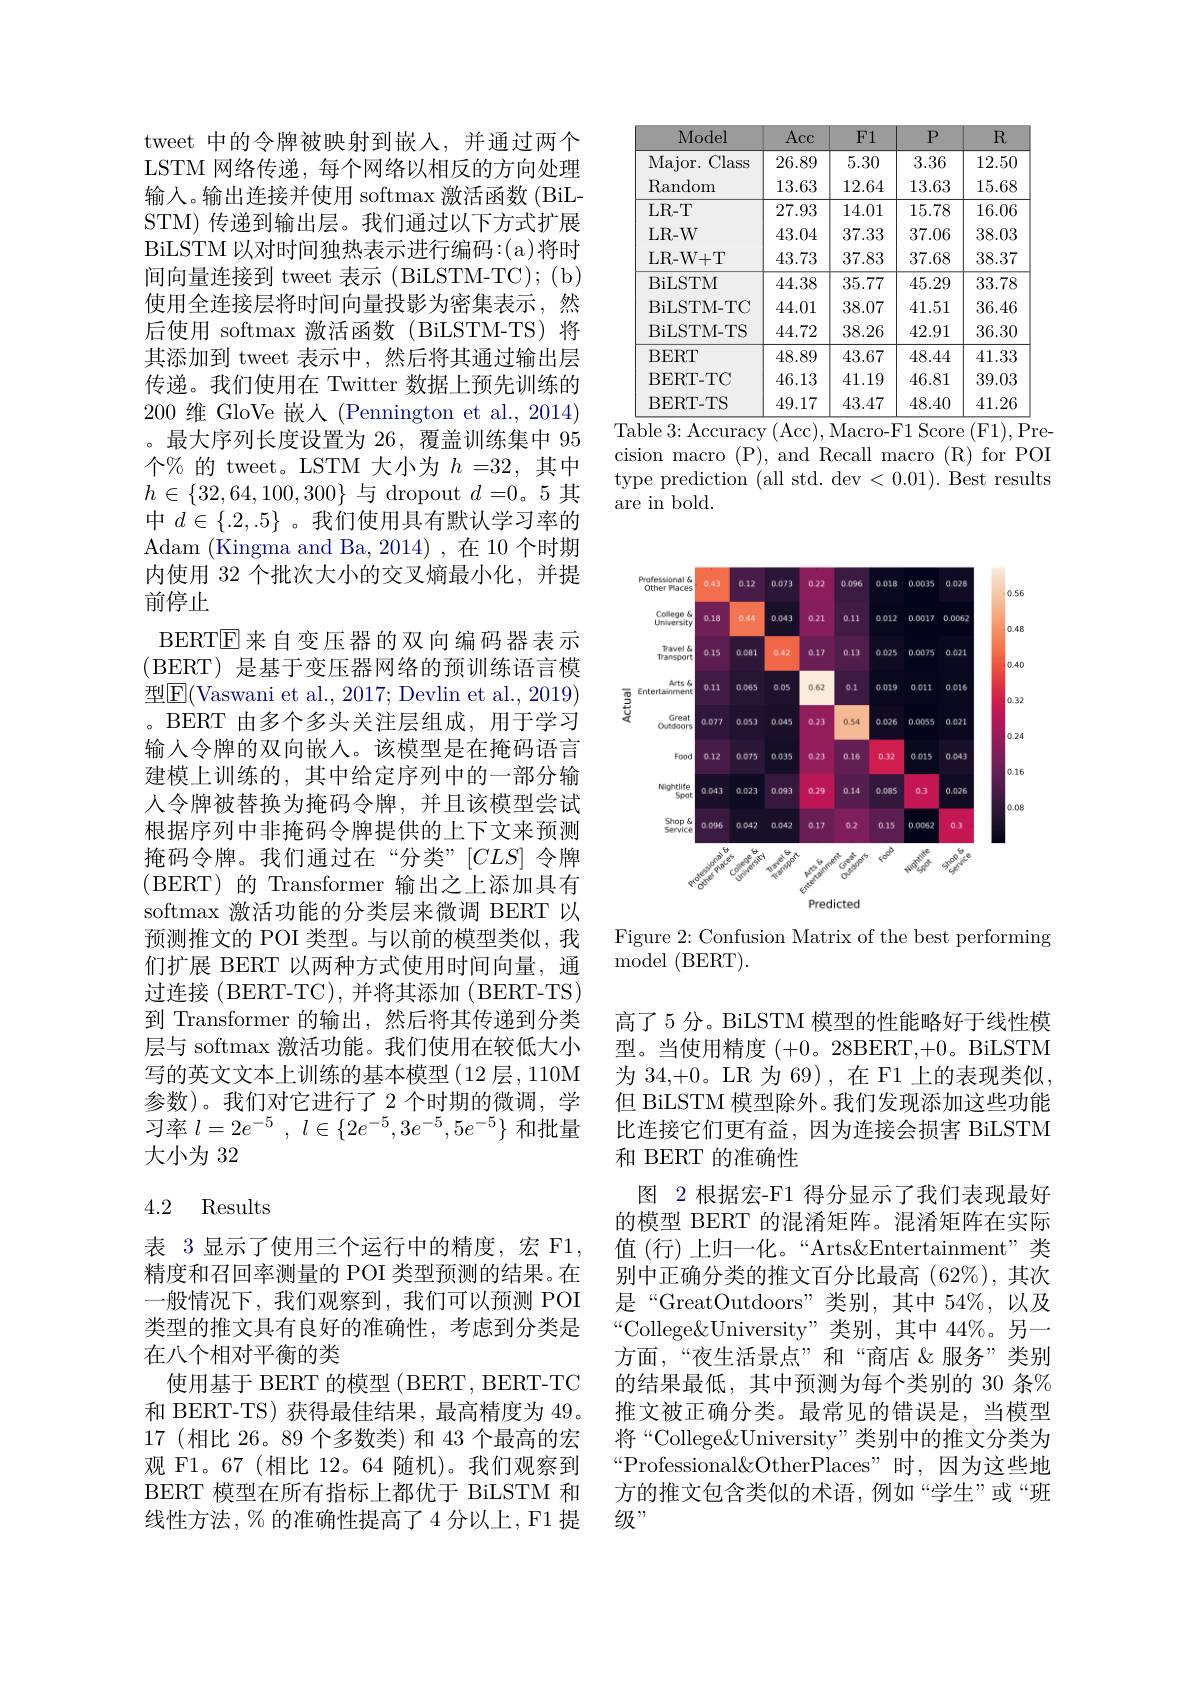
tweet 中的令牌被映射到嵌入，并通过两个LSTM 网络传递，每个网络以相反的方向处理输人。输出连接并使用 softmax 激活函数 (BiLSTM) 传递到输出层。我们通过以下方式扩展BiLSTM 以对时间独热表示进行编码：(a)将时间向量连接到 tweet 表示 (BiLSTM-TC); (b) 使用全连接层将时间向量投影为密集表示，然后使用 softmax 激活函数(BiLSTM-TS)将其添加到 tweet 表示中，然后将其通过输出层传递。我们使用在 Twitter 数据上预先训练的200 维 GloVe 嵌人 (Pennington et al., 2014) 。最大序列长度设置为 26, 覆盖训练集中 95个% 的 tweet。LSTM 大小为$h=32$,其中$h\in\{32,64,100,300\}$与 dropout $d=0$。5 其中$d\in\{.2,.5\}$ 。我们使用具有默认学习率的Adam (Kingma and Ba,2014),在10个时期内使用 32 个批次大小的交叉熵最小化，并提前停止
BERT$\overline{\mathrm{E}}$来自变压器的双向编码器表示(BERT) 是基于变压器网络的预训练语言模型$\underline{\mathrm{E}}($Vaswani et al., 2017; Devlin et al., 2019) 。BERT 由多个多头关注层组成，用于学习输入令牌的双向嵌人。该模型是在掩码语言建模上训练的，其中给定序列中的一部分输人令牌被替换为掩码令牌，并且该模型尝试根据序列中非掩码令牌提供的上下文来预测掩码令牌。我们通过在“分类”[CLS]令牌(BERT)的 Transformer 输出之上添加具有softmax 激活功能的分类层来微调 BERT 以预测推文的 POI 类型。与以前的模型类似，我们扩展 BERT 以两种方式使用时间向量，通过连接(BERT-TC),并将其添加(BERT-TS) 到 Transformer 的输出，然后将其传递到分类层与 softmax 激活功能。我们使用在较低大小写的英文文本上训练的基本模型(12 层，110M 参数)。我们对它进行了 2 个时期的微调，学习率$l= 2e^{- 5}$ , $l\in \{ 2e^{- 5}, 3e^{- 5}, 5e^{- 5}\}$和批量大小为 32

## 4.2 Results

表 3显示了使用三个运行中的精度，宏 F1, 精度和召回率测量的 POI 类型预测的结果。在一般情况下，我们观察到，我们可以预测 POI 类型的推文具有良好的准确性，考虑到分类是在八个相对平衡的类
使用基于 BERT 的模型 ( BERT, BERT-TC 和 BERT-TS) 获得最佳结果，最高精度为 49。17(相比 26。89个多数类)和 43 个最高的宏观 F1。67 (相比 12。64 随机)。我们观察到BERT 模型在所有指标上都优于 BiLSTM 和线性方法，%的准确性提高了4 分以上，F1 提

<table>
	<tbody>
		<tr>
			<th>Model</th>
			<th>Acc</th>
			<th>$F1$</th>
			<th>$P$</th>
			<th>$R$</th>
		</tr>
		<tr>
			<td>Major. ( Class</td>
			<td>26.89</td>
			<td>5.30</td>
			<td>3.36</td>
			<td>12.50</td>
		</tr>
		<tr>
			<td>$\operatorname{Random}$</td>
			<td>13.63</td>
			<td>12.64</td>
			<td>13.63</td>
			<td>15.68</td>
		</tr>
		<tr>
			<td>$LR-T$</td>
			<td>27.93</td>
			<td>14.01</td>
			<td>15.78</td>
			<td>16.06</td>
		</tr>
		<tr>
			<td>LR- W</td>
			<td>43.04</td>
			<td>37.33</td>
			<td>37.06</td>
			<td>38.03</td>
		</tr>
		<tr>
			<td>LR- W+ T</td>
			<td>43.73</td>
			<td>37.83</td>
			<td>37.68</td>
			<td>38.37</td>
		</tr>
		<tr>
			<td>BiLSTM</td>
			<td>44.38</td>
			<td>35.77</td>
			<td>45.29</td>
			<td>33.78</td>
		</tr>
		<tr>
			<td>BiLSTM- TC</td>
			<td>44.01</td>
			<td>38.07</td>
			<td>41.51</td>
			<td>36.46</td>
		</tr>
		<tr>
			<td>BiLSTM-TS</td>
			<td>44.72</td>
			<td>38.26</td>
			<td>42.91</td>
			<td>36.30</td>
		</tr>
		<tr>
			<td>BERT</td>
			<td>48.89</td>
			<td>43.67</td>
			<td>48.44</td>
			<td>41.33</td>
		</tr>
		<tr>
			<td>BERT-TC</td>
			<td>46.13</td>
			<td>41.19</td>
			<td>46.81</td>
			<td>39.03</td>
		</tr>
		<tr>
			<td>BERT-TS</td>
			<td>49.17</td>
			<td>43.47</td>
			<td>48.40</td>
			<td>41.26</td>
		</tr>
	</tbody>
</table>
Table 3: Accuracy (Acc),Macro-F1 Score (F1),Pre-

cision macro (P), and Recall macro (R) for POI type prediction (all std. dev < 0.01). Best results ${\mathrm{are~in~bold.}}$

<FigureHere>

Figure 2: Confusion Matrix of the best performing
${\mathrm{model~(BERT).}}$

高了 5 分。BiLSTM 模型的性能略好于线性模型。当使用精度(+0。28BERT,+0。BiLSTM 为 34,+0。LR 为 69),在 F1 上的表现类似， 但 BiLSTM 模型除外。我们发现添加这些功能比连接它们更有益，因为连接会损害 BiLSTM 和 BERT 的准确性
图 2 根据宏-F1 得分显示了我们表现最好的模型 BERT 的混淆矩阵。混淆矩阵在实际值(行)上归一化。“Arts&Entertainment”类别中正确分类的推文百分比最高(62$\%),其次$ 是“GreatOutdoors”类别，其中 54%,以及“College&University”类别，其中 44%。另一方面，“夜生活景点”和“商店&服务”类别的结果最低，其中预测为每个类别的 30 条% 推文被正确分类。最常见的错误是，当模型将“College&University”类别中的推文分类为“Professional&OtherPlaces”时，因为这些地方的推文包含类似的术语，例如“学生”或“班级”